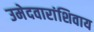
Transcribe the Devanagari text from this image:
उमेदवारांशिवाय